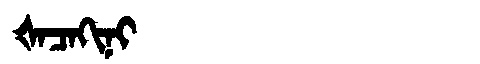
Manchu: ᡧᠠᠴᠠᡴᡳᠨᡳ
Romanization: ŠACAKINI